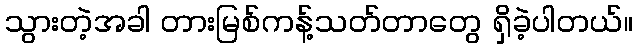
သွားတဲ့အခါ တားမြစ်ကန့်သတ်တာတွေ ရှိခဲ့ပါတယ်။